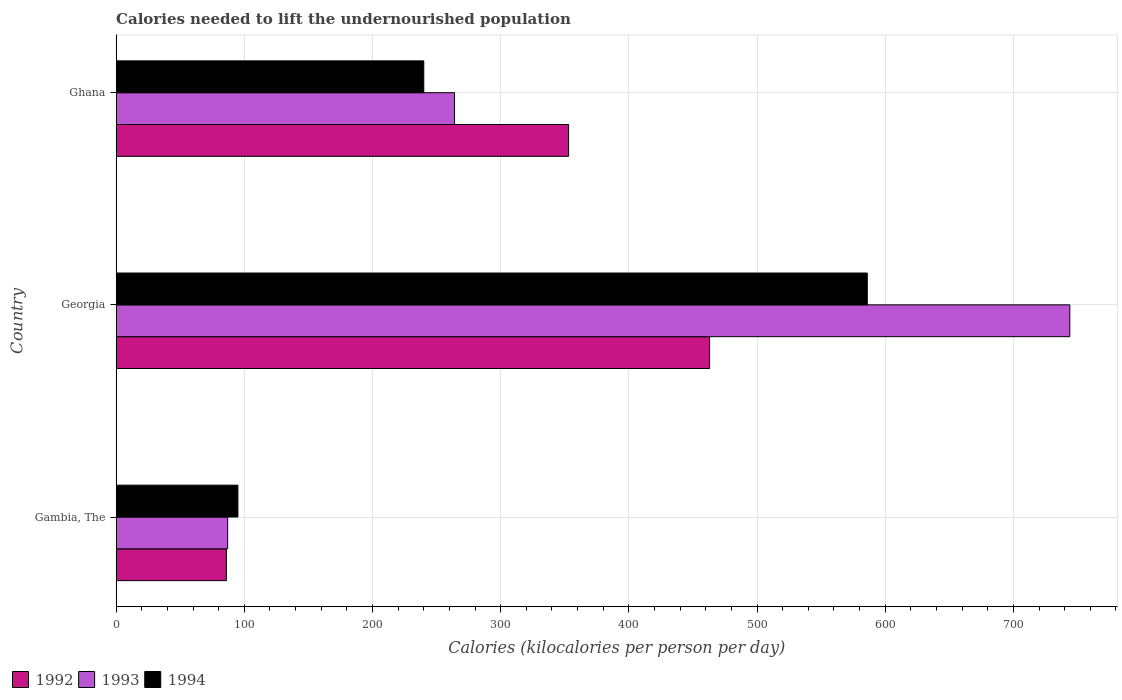
| Country | 1992 | 1993 | 1994 |
 | --- | --- | --- | --- |
 | Gambia, The | 86 | 87 | 95 |
 | Georgia | 463 | 744 | 586 |
 | Ghana | 353 | 264 | 240 |